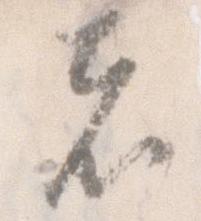
者